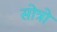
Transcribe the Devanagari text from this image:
सोत्रो